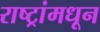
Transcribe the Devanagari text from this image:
राष्ट्रांमधून